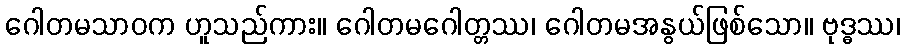
ဂေါတမသာဝက ဟူသည်ကား။ ဂေါတမဂေါတ္တဿ၊ ဂေါတမအနွယ်ဖြစ်သော။ ဗုဒ္ဓဿ၊